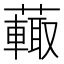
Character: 𧁍